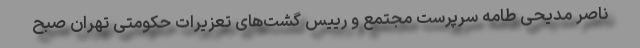
ناصر مدیحی طامه سرپرست مجتمع و رییس گشت‌های تعزیرات حکومتی تهران صبح